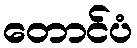
တောင်ပံ